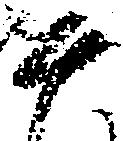
そ